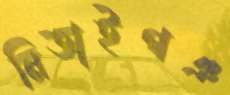
নিতাইগঞ